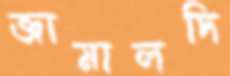
জামালদি